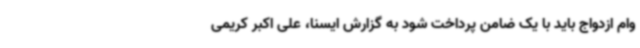
وام ازدواج باید با یک ضامن پرداخت شود به گزارش ایسنا، علی اکبر کریمی